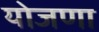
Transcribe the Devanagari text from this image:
योजणा